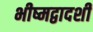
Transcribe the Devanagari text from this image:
भीष्मद्वादशी